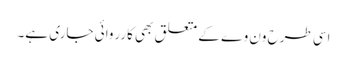
اسی طرح ون وے کے متعلق بھی کارروائی جاری ہے۔